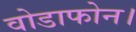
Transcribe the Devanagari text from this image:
वोडाफोन।